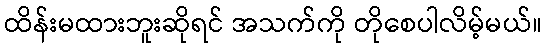
ထိန်းမထားဘူးဆိုရင် အသက်ကို တိုစေပါလိမ့်မယ်။